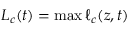
L _ { c } ( t ) = \operatorname* { m a x } \ell _ { c } ( z , t )